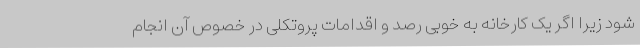
شود زیرا اگر یک کارخانه به خوبی رصد و اقدامات پروتکلی در خصوص آن انجام